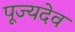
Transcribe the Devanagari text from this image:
पूज्यदेव